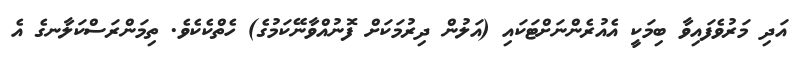
އަދި މަރުވެފައިވާ ބިމަކީ އެއުރެންނަށްޓަކައި (އަލުން ދިރުމަކަށް ފޮނުއްވާނޭކަމުގެ) ހެތްކެކެވެ. ތިމަންރަސްކަލާނގެ އެ